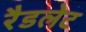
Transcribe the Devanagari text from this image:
रैडलेट